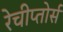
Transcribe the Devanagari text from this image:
रेचीप्तोर्स